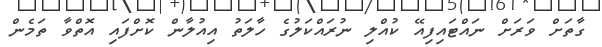
ގާތަށް ވަރަށް ނައްޓައިފިއޭ ކުއްލި ނުރައްކަލުގެ ހާލަތު އިއުލާން ކޮށްފައި އޮތްވާ ތަމެން